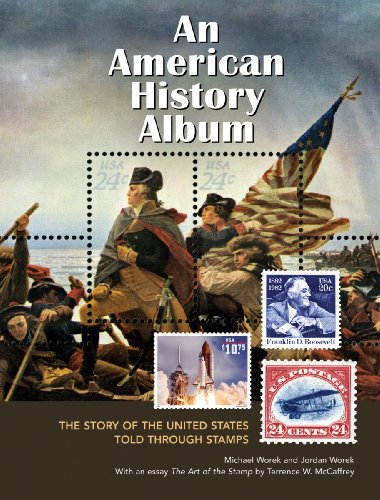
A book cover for An American History Album: The Story of the United States Told Through Stamps; Michael Worek; Crafts, Hobbies & Home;